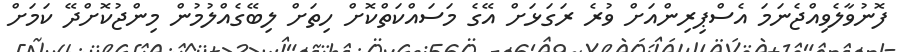
ފޮނުވާލެވިއްޖެނަމަ އެސްޕިރިންއަށް ވުރެ ރަގަޅަށް އޭގެ މަސައްކަތްކޮށް ހިތަށް ލިބޭގެއްލުމުން މިންޖުކޮށްދޭ ކަމަށް